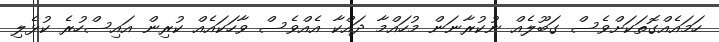
ހަމައެއްގޮތަކަށްވެސް ގަބޫލެއް ނުކުރާނަން މުހައްމާ ދައްކާ އެއްވެސް ވާހަކައެއް ކުރިން އައިސްހުރެ ކުޅެލި